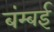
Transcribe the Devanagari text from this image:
बंम्बई